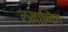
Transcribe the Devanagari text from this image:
लभान्वित